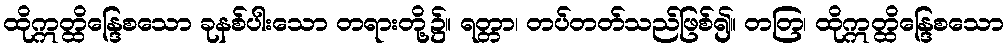
ထိုဣတ္ထိန္ဒြေစသော ခုနစ်ပါးသော တရားတို့၌။ ရတ္တာ၊ တပ်တတ်သည်ဖြစ်၍။ တတြ၊ ထိုဣတ္ထိန္ဒြေစသော